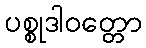
ပစ္စုဒါဝတ္တော